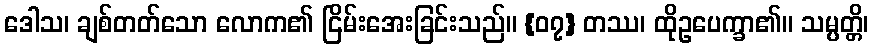
ဒေါသ၊ ချစ်တတ်သော လောက၏ ငြိမ်းအေးခြင်းသည်။ {၀၇} တဿ၊ ထိုဥပေက္ခာ၏။ သမ္ပတ္တိ၊